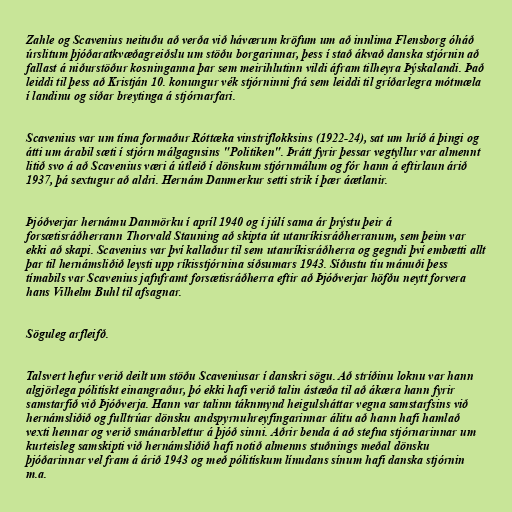
Zahle og Scavenius neituðu að verða við háværum kröfum um að innlima Flensborg óháð
úrslitum þjóðaratkvæðagreiðslu um stöðu borgarinnar, þess í stað ákvað danska stjórnin að
fallast á niðurstöður kosninganna þar sem meirihlutinn vildi áfram tilheyra Þýskalandi. Það
leiddi til þess að Kristján 10. konungur vék stjórninni frá sem leiddi til gríðarlegra mótmæla
í landinu og síðar breytinga á stjórnarfari.

Scavenius var um tíma formaður Róttæka vinstriflokksins (1922-24), sat um hríð á þingi og
átti um árabil sæti í stjórn málgagnsins "Politiken". Þrátt fyrir þessar vegtyllur var almennt
litið svo á að Scavenius væri á útleið í dönskum stjórnmálum og fór hann á eftirlaun árið
1937, þá sextugur að aldri. Hernám Danmerkur setti strik í þær áætlanir.

Þjóðverjar hernámu Danmörku í apríl 1940 og í júlí sama ár þrýstu þeir á
forsætisráðherrann Thorvald Stauning að skipta út utanríkisráðherranum, sem þeim var
ekki að skapi. Scavenius var því kallaður til sem utanríkisráðherra og gegndi því embætti allt
þar til hernámsliðið leysti upp ríkisstjórnina síðsumars 1943. Síðustu tíu mánuði þess
tímabils var Scavenius jafnframt forsætisráðherra eftir að Þjóðverjar höfðu neytt forvera
hans Vilhelm Buhl til afsagnar.

Söguleg arfleifð.

Talsvert hefur verið deilt um stöðu Scaveniusar í danskri sögu. Að stríðinu loknu var hann
algjörlega pólitískt einangraður, þó ekki hafi verið talin ástæða til að ákæra hann fyrir
samstarfið við Þjóðverja. Hann var talinn táknmynd heigulsháttar vegna samstarfsins við
hernámsliðið og fulltrúar dönsku andspyrnuhreyfingarinnar álitu að hann hafi hamlað
vexti hennar og verið smánarblettur á þjóð sinni. Aðrir benda á að stefna stjórnarinnar um
kurteisleg samskipti við hernámsliðið hafi notið almenns stuðnings meðal dönsku
þjóðarinnar vel fram á árið 1943 og með pólitískum línudans sínum hafi danska stjórnin
m.a.